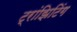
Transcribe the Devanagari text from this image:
ट्रांझिटिंग